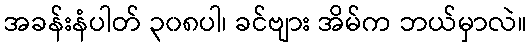
အခန်းနံပါတ် ၃၀၈ပါ၊ ခင်ဗျား အိမ်က ဘယ်မှာလဲ။